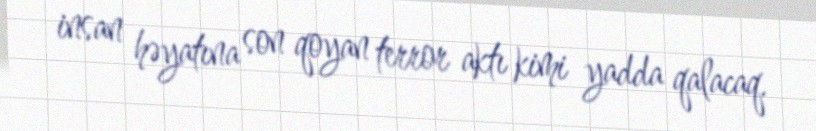
insan həyatına son qoyan terror aktı kimi yadda qalacaq.